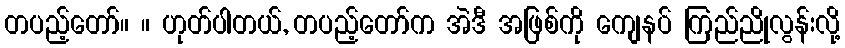
တပည့်တော်။ ။ ဟုတ်ပါတယ်, တပည့်တော်က အဲဒီ အဖြစ်ကို ကျေနပ် ကြည်ညိုလွန်းလို့